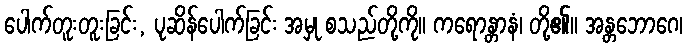
ပေါက်တူးတူးခြင်း, ပုဆိန်ပေါက်ခြင်း အမှု စသည်တို့ကို။ ကရောန္တာနံ၊ တို့၏။ အန္တဘောဂေ၊